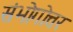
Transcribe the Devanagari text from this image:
संभोगोत्तर